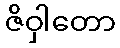
ဇိဝှါတော